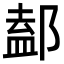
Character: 𨜴